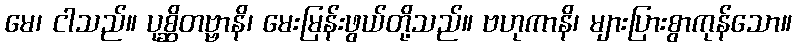
မေ၊ ငါသည်။ ပုစ္ဆိတဗ္ဗာနိ၊ မေးမြန်းဖွယ်တို့သည်။ ဗဟုကာနိ၊ များပြားစွာကုန်သော။